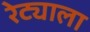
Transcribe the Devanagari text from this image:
रेट्याला